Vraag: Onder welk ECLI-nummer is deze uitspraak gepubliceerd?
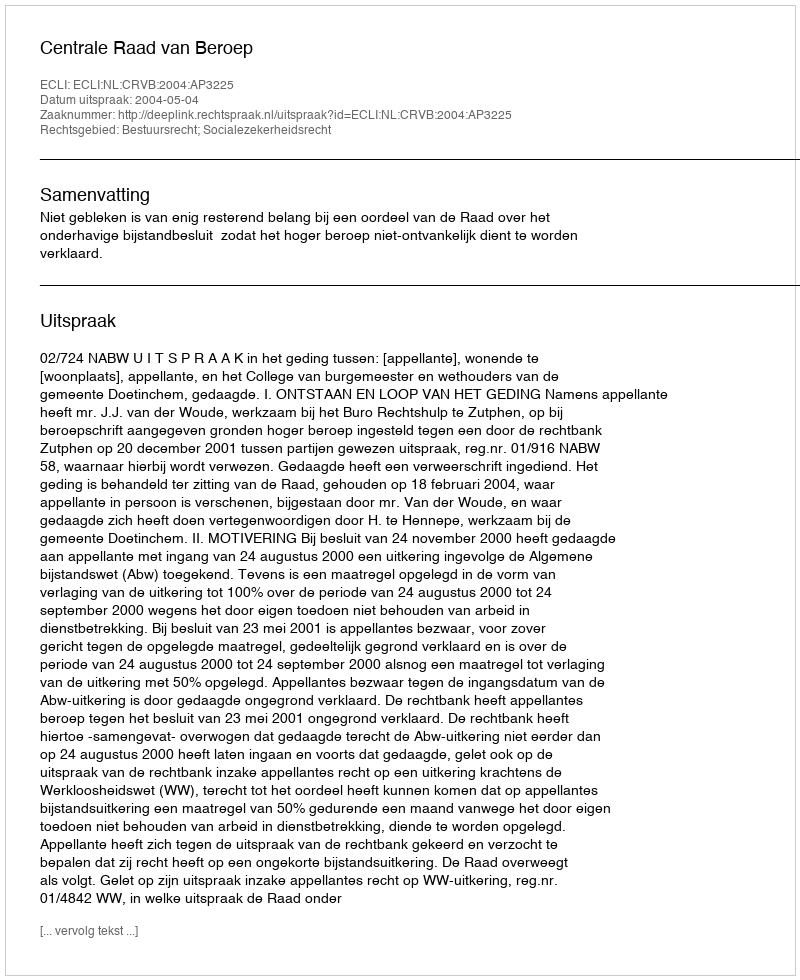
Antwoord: ECLI:NL:CRVB:2004:AP3225